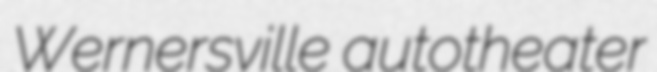
Wernersville autotheater